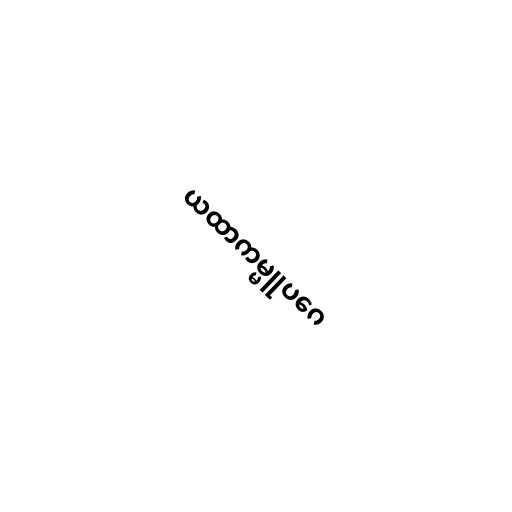
ယထာကမ္မူပဂေ